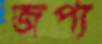
জপ্য